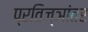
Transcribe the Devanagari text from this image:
प्रतिज्ञांतर